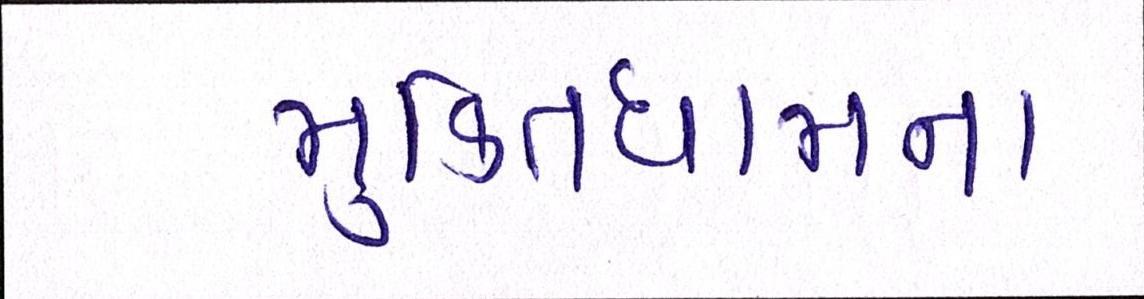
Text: મુકિતધામના